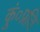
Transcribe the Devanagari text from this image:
कुं०प्रति